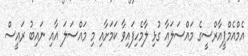
އެމްއެމްޕީއާރްސީގެ މައްސަލައާ ގުޅި ލާމެހިފައިވާ ކަމަށާއި މި މައްސަލަ އާއި ނައިބު ރައީސް